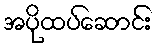
အပိုထပ်ဆောင်း